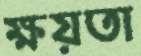
ক্ষয়তা